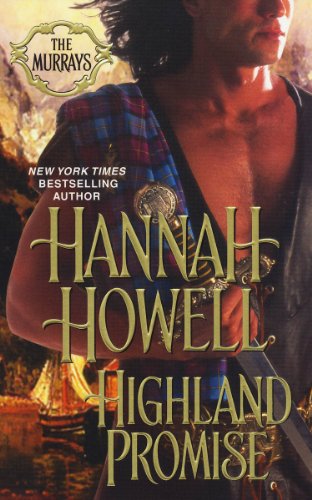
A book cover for Highland Promise (The Murrays); Hannah Howell; Romance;